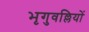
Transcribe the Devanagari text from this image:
भृगुवल्लियों